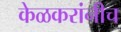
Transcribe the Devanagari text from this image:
केळकरांनीच